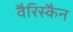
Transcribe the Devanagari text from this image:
वैरिस्कैन